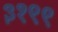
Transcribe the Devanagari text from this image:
३१९९